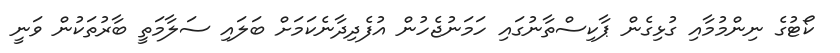
ކޯޓުގެ ނިންމުމާއި ގުޅިގެން ޕާކިސްތާނުގައި ހަމަނުޖެހުން އުފެދިދާނެކަމަށް ބަލައި ސަލާމަތީ ބާރުތަކުން ވަނީ